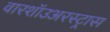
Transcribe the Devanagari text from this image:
वारशॉउअरस्ट्रास